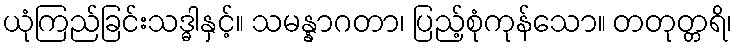
ယုံကြည်ခြင်းသဒ္ဓါနှင့်။ သမန္နာဂတာ၊ ပြည့်စုံကုန်သော။ တတုတ္တရိ၊